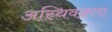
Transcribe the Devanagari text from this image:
अस्थिवक्रता